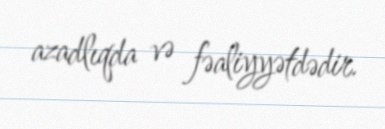
azadlıqda və fəaliyyətdədir.